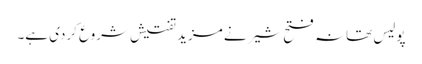
پولیس تھانہ فتح شیر نے مزید تفتیش شروع کردی ہے۔